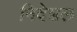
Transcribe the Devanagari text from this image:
निदेशल